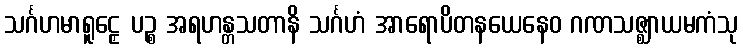
သင်္ဂဟမာရူဠှေ ပဉ္စ အရဟန္တသတာနိ သင်္ဂဟံ အာရောပိတနယေနေဝ ဂဏသဇ္ဈာယမကံသု